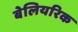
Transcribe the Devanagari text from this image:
बेलियरिक